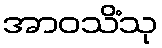
အာဝသိံသု